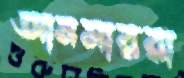
আনসাররা